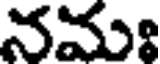
నమః